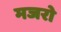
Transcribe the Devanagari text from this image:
मजरो